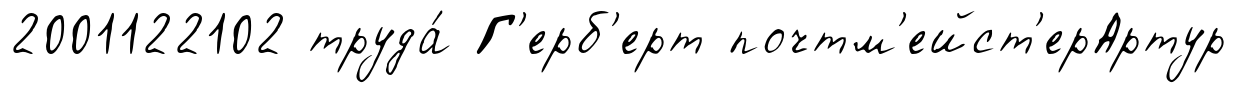
2001122102 труда́ Г'ерб'ерт почтм'ейст'ерАртур